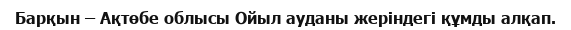
Барқын – Ақтөбе облысы Ойыл ауданы жеріндегі құмды алқап.